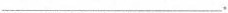
___。